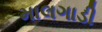
માલગાડી